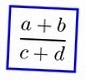
\frac{a+b}{c+d}